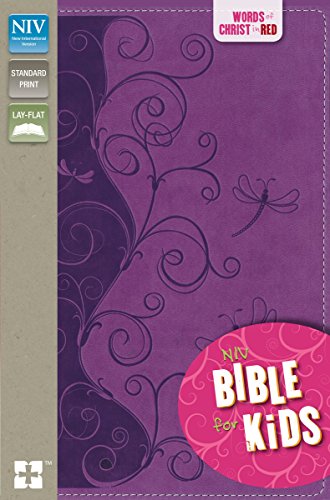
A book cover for NIV Bible for Kids: Red Letter Edition; Zondervan; Christian Books & Bibles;